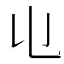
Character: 𠄑